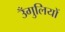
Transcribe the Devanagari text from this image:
उँगुलियों